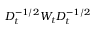
D _ { t } ^ { - 1 / 2 } W _ { t } D _ { t } ^ { - 1 / 2 }